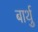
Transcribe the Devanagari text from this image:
बार्थु